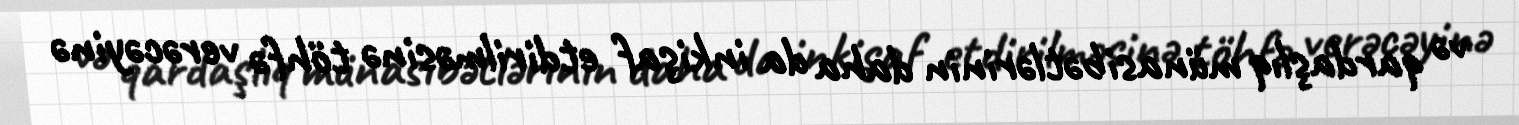
və qardaşlıq münasibətlərinin daha da inkişaf etdirilməsinə töhfə verəcəyinə